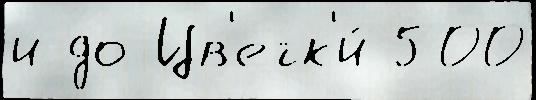
и до Цв'етк'и́ 500